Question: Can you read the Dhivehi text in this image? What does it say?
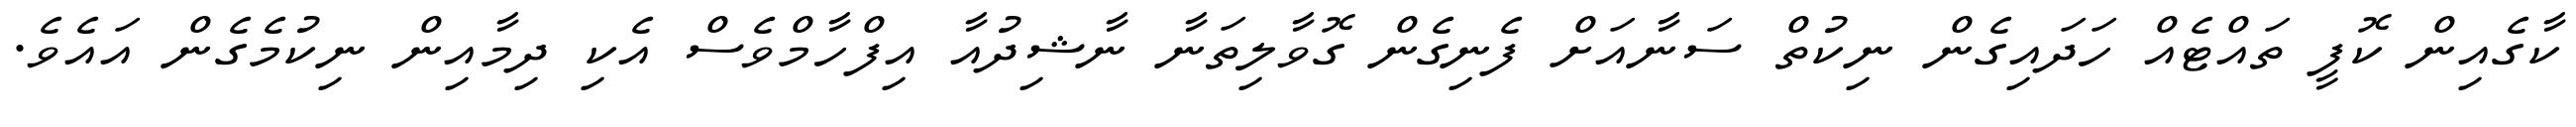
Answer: ކާގެއިން ކޮފީ ތައްޓެއް ހަދައިގެން ނިކުތް ސަނާއަށް ފެނިގެން ގޮވާލިތަނާ ނާޝިދުއާ އިފްހާމްވެސް އެކި ދިމާއިން ނިކުމެގެން އައެވެ.